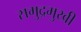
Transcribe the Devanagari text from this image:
समुद्रमुखी